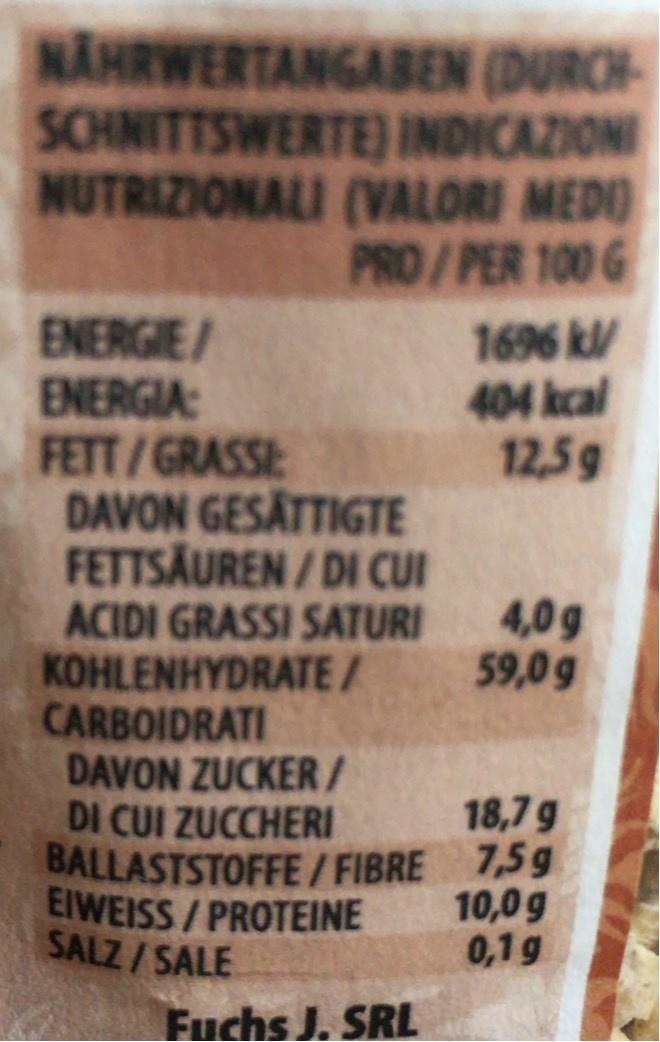
NAHRWERTANGABEN (DURCH- SCHNITTSWERTE) INDICAZIONI NUTRIZIONALI (VALORI MEDO PRO/PER 100 G
ENERGIE/ ENERGIA: FETT/GRASSE DAVON GESÄTTIGTE FETTSAUREN/DI CUI
1696 kl/ 404 kcal 12,5g
4,0g 59,0 g
ACIDI GRASSI SATURI KOHLENHYDRATE/ CARBOIDRATI DAVON ZUCKER/ DI CUI ZUCCHERI BALLASTSTOFFE/ FIBRE 7,5g EIWEISS / PROTEINE SALZ/SALE
18,7g
10,0g 0,1g
Fuchs J. SRL